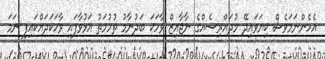
އެހެންނަމަވެސް ކިޔަވައިދޭ މުދައްރިސެއްގެ ނާޖާއިޒް ވާހަކަ ބަދުނާމު ތުހުމަތު އަޅުވާފައި ވާހަކަދައްކައިފި ނަމަ